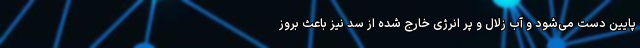
پایین دست می‌شود و آب زلال و پر انرژی خارج شده از سد نیز باعث بروز